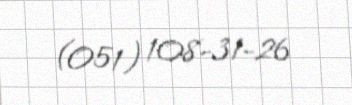
(051) 108-31-26